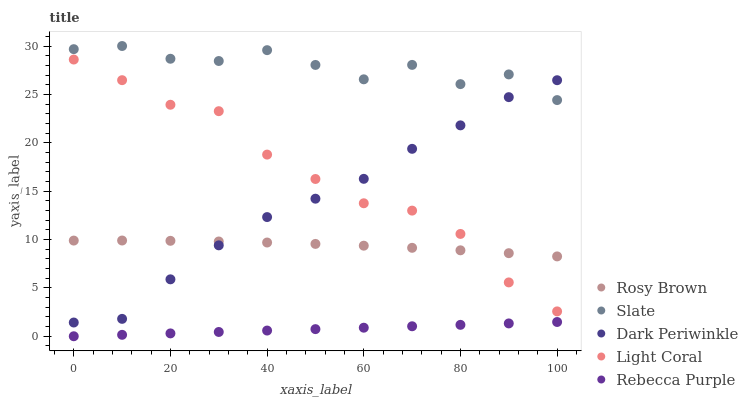
| xaxis_label | Rosy Brown | Slate | Dark Periwinkle | Light Coral | Rebecca Purple |
 | --- | --- | --- | --- | --- | --- |
 | 0 | 9.89 | 29.7 | 1.42 | 28.6 | 0 |
 | 10 | 9.9 | 30 | 1.8 | 26.5 | 0.147 |
 | 20 | 9.87 | 28.7 | 5.88 | 23.9 | 0.295 |
 | 30 | 9.8 | 28.5 | 9.4 | 23.3 | 0.442 |
 | 40 | 9.69 | 29.6 | 12.3 | 18.8 | 0.589 |
 | 50 | 9.54 | 28 | 14.2 | 16.3 | 0.737 |
 | 60 | 9.36 | 26.6 | 16.3 | 13.7 | 0.884 |
 | 70 | 9.14 | 28 | 19.4 | 13 | 1.03 |
 | 80 | 8.88 | 26.1 | 21.8 | 10.6 | 1.18 |
 | 90 | 8.59 | 27.1 | 24.7 | 5.56 | 1.33 |
 | 100 | 8.25 | 24.4 | 26.5 | 2.57 | 1.47 |